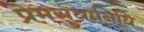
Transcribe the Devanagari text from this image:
प्रेमसुधानिधि